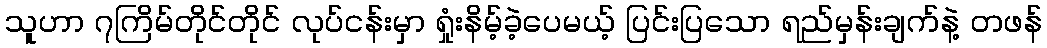
သူဟာ ၇ကြိမ်တိုင်တိုင် လုပ်ငန်းမှာ ရှုံးနိမ့်ခဲ့ပေမယ့် ပြင်းပြသော ရည်မှန်းချက်နဲ့ တဖန်